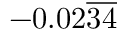
- 0 . 0 2 { \overline { { 3 4 } } }